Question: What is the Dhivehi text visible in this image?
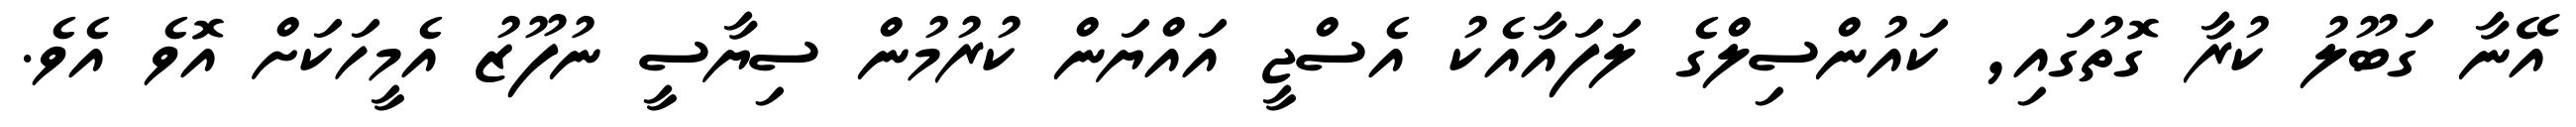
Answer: އޭނާ ގަބޫލު ކުރާ ގޮތުގައި, ކައުންސިލްގެ ލަފައާއެކު އެސްޖީ އައްޔަން ކުރުމުން ސިޔާސީ ނުފޫޒު އެމީހަކަށް އޮވެ އެވެ.